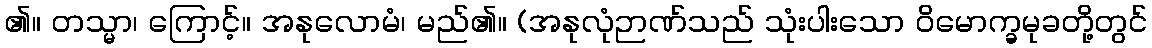
၏။ တသ္မာ၊ ကြောင့်။ အနုလောမံ၊ မည်၏။ (အနုလုံဉာဏ်သည် သုံးပါးသော ဝိမောက္ခမုခတို့တွင်